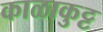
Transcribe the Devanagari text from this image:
काळाकुट्ट